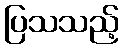
ပြသသည့်